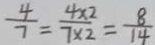
\frac { 4 } { 7 } = \frac { 4 \times 2 } { 7 \times 2 } = \frac { 8 } { 1 4 }